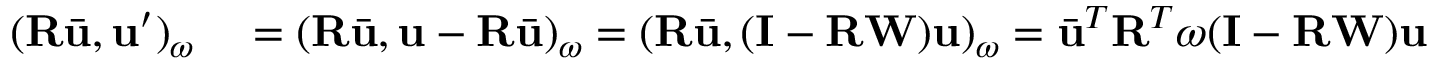
\begin{array} { r l } { ( \mathbf { R } \bar { \mathbf { u } } , \mathbf { u } ^ { \prime } ) _ { \omega } } & { { } = ( \mathbf { R } \bar { \mathbf { u } } , \mathbf { u } - \mathbf { R } \bar { \mathbf { u } } ) _ { \omega } = ( \mathbf { R } \bar { \mathbf { u } } , ( \mathbf { I } - \mathbf { R } \mathbf { W } ) \mathbf { u } ) _ { \omega } = \bar { \mathbf { u } } ^ { T } \mathbf { R } ^ { T } \boldsymbol { \omega } ( \mathbf { I } - \mathbf { R } \mathbf { W } ) \mathbf { u } } \end{array}